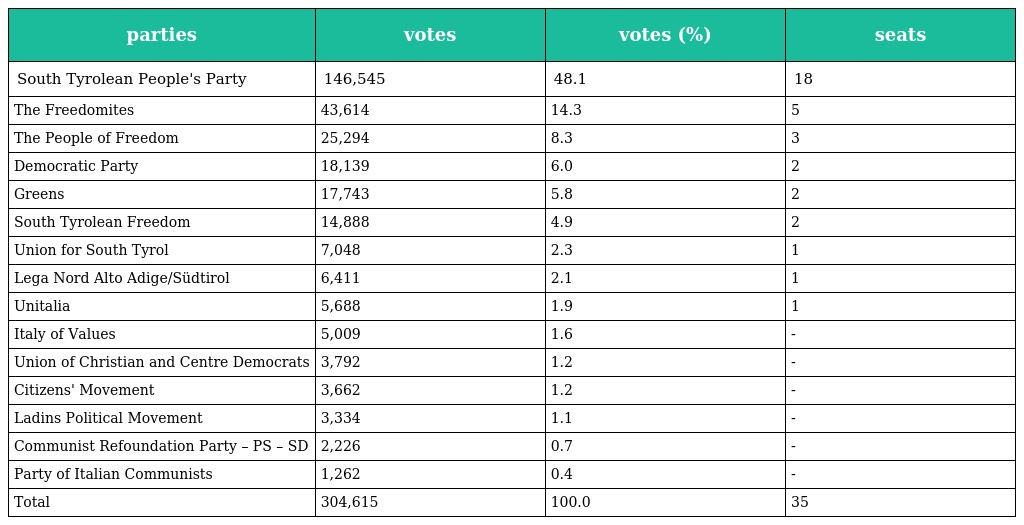
| parties | votes | votes (%) | seats |
 | --- | --- | --- | --- |
 | South Tyrolean People's Party | 146,545 | 48.1 | 18 |
 | The Freedomites | 43,614 | 14.3 | 5 |
 | The People of Freedom | 25,294 | 8.3 | 3 |
 | Democratic Party | 18,139 | 6.0 | 2 |
 | Greens | 17,743 | 5.8 | 2 |
 | South Tyrolean Freedom | 14,888 | 4.9 | 2 |
 | Union for South Tyrol | 7,048 | 2.3 | 1 |
 | Lega Nord Alto Adige/Südtirol | 6,411 | 2.1 | 1 |
 | Unitalia | 5,688 | 1.9 | 1 |
 | Italy of Values | 5,009 | 1.6 | - |
 | Union of Christian and Centre Democrats | 3,792 | 1.2 | - |
 | Citizens' Movement | 3,662 | 1.2 | - |
 | Ladins Political Movement | 3,334 | 1.1 | - |
 | Communist Refoundation Party – PS – SD | 2,226 | 0.7 | - |
 | Party of Italian Communists | 1,262 | 0.4 | - |
 | Total | 304,615 | 100.0 | 35 |